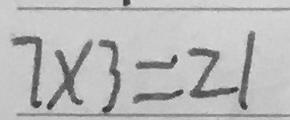
7 \times 3 = 2 1